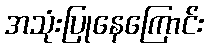
အသုံးပြုနေကြောင်း